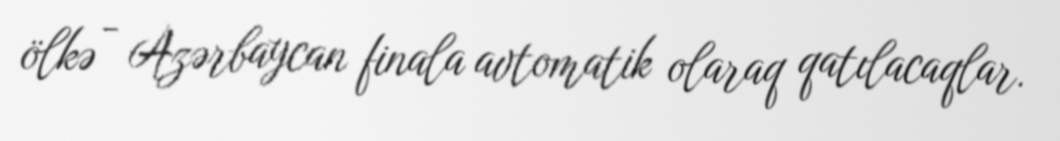
ölkə - Azərbaycan finala avtomatik olaraq qatılacaqlar.